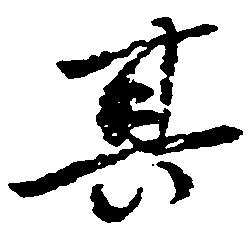
其